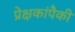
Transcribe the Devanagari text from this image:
प्रेक्षकांपैकी